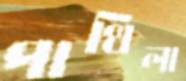
পাথিলা